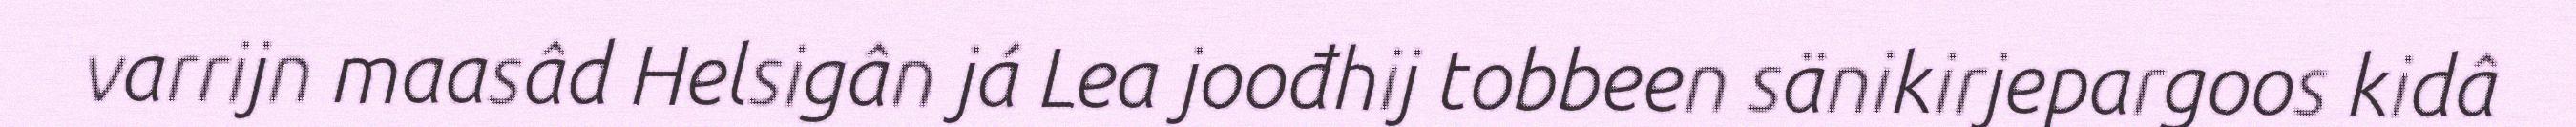
varrijn maasâd Helsigân já Lea joođhij tobbeen sänikirjepargoos kidâ